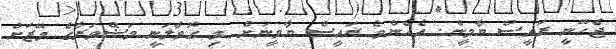
ޖެހޭނީ ރައީސް ޔާމީން. އެހެންވެ ރައީސް ޔާމީނަށް މި ގޮވާލަނީ މަޝްވަރާގެ މޭޒަށް